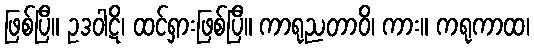
ဖြစ်ပြီ။ ဥဒဝါဋိ၊ ထင်ရှားဖြစ်ပြီ။ ကာရုညတာဝိ၊ ကား။ ကရုကာထ၊